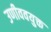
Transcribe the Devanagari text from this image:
उणीववयुक्त